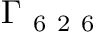
\Gamma _ { \mathrm { ~ 6 ~ 2 ~ 6 ~ } }